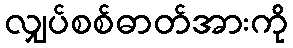
လျှပ်စစ်ဓာတ်အားကို